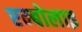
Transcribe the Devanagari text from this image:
एम्बोलाइ